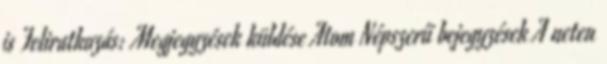
is Feliratkozás: Megjegyzések küldése Atom Népszerű bejegyzések A neten